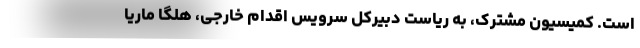
است. کمیسیون مشترک، به ریاست دبیرکل سرویس اقدام خارجی، هلگا ماریا